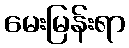
မေးမြန်းရာ